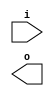
(* blackbox *)
module sub (input i, output o);
endmodule

(* blackbox *)
module namedsub (input i, output o);
parameter name = "";
endmodule

module top(input [3:0] i, output [3:0] o);

sub s1 (i[0], o[0]);
sub subsubsub (i[1], o[1]);
sub s2 (i[2], o[2]);
sub xxx (i[3], o[3]);

endmodule